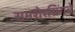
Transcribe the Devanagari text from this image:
समशेरसिंगचे